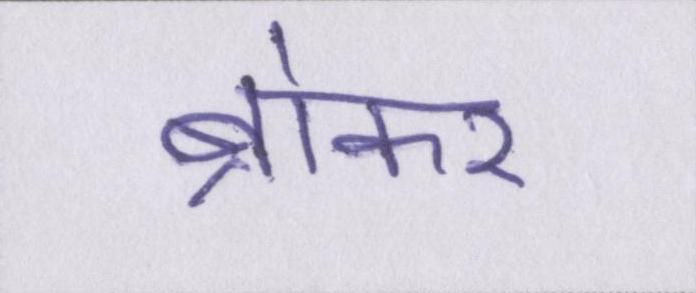
ब्रोकर